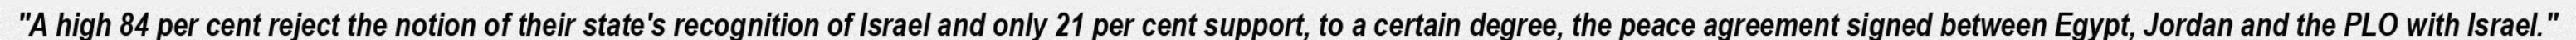
"A high 84 per cent reject the notion of their state's recognition of Israel and only 21 per cent support, to a certain degree, the peace agreement signed between Egypt, Jordan and the PLO with Israel."